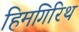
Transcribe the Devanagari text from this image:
हिमगिरिथ